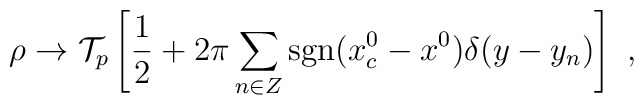
\rho \to {\cal T}_p \left[ {1\over 2}+  2\pi\sum_{n\in Z} {\rm sgn}(x^0_c-x^0)\delta(y-y_n)\right] ~,